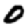
Digit: 0